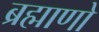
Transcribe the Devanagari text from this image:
ब्रह्माणो